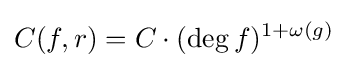
C(f,r)=C\cdot (\deg f)^{1+\omega (g)}